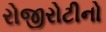
રોજીરોટીનો